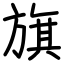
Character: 旗